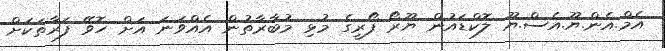
އެމް.އެން.ޔޫ.އެސް.ޔޫ ލޮކްޑައުން ޔޫރޯ ފޯރީގެ މުޅި މުބާރާތުން އެއްވަނަ އަށް ހޮވޭ ފަރާތަކަށް